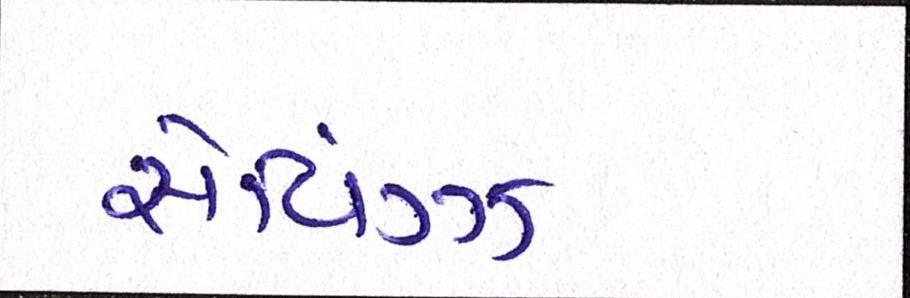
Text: સેવિંગ્ઝ